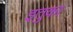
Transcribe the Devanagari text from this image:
इतुका